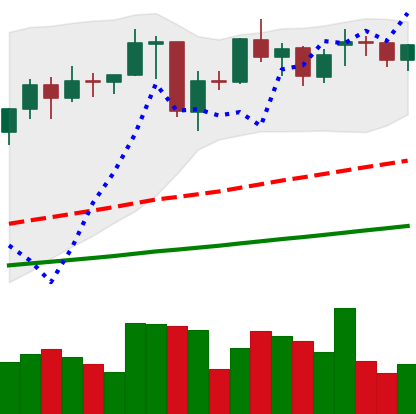
Ticker: ETH-USD
Chart end date: 2021-02-01
Forward return: 22.556%
Label: up_7plus